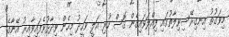
މިވަގުތު އިނގިރޭސިވިލާތުގައި ފިއްލަވައިގެން ގޮސް ހުރި އަލީ ވަހީދު މިހެން ވިދާޅުވެފައިވާއިރު އޭނާގެ